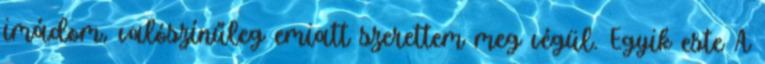
imádom, valószínűleg emiatt szerettem meg végül. Egyik este A